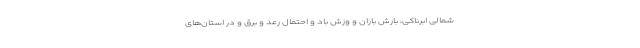
شمالی ابرناکی، بارش باران و وزش باد و احتمال رعد و برق و در استان‌های